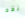
نقد